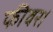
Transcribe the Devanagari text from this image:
फीवर।